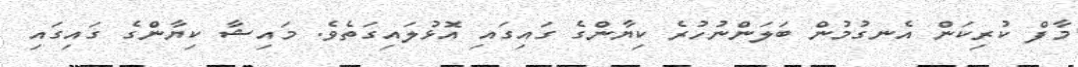
މާފް ކުރިކަން އެނގުމުން ބަލަންނުހުރެ ކިޔާންގެ ގައިގައި އޮޅުލައިގަތެވެ. މައިޝާ ކިޔާންގެ ގައިގައި